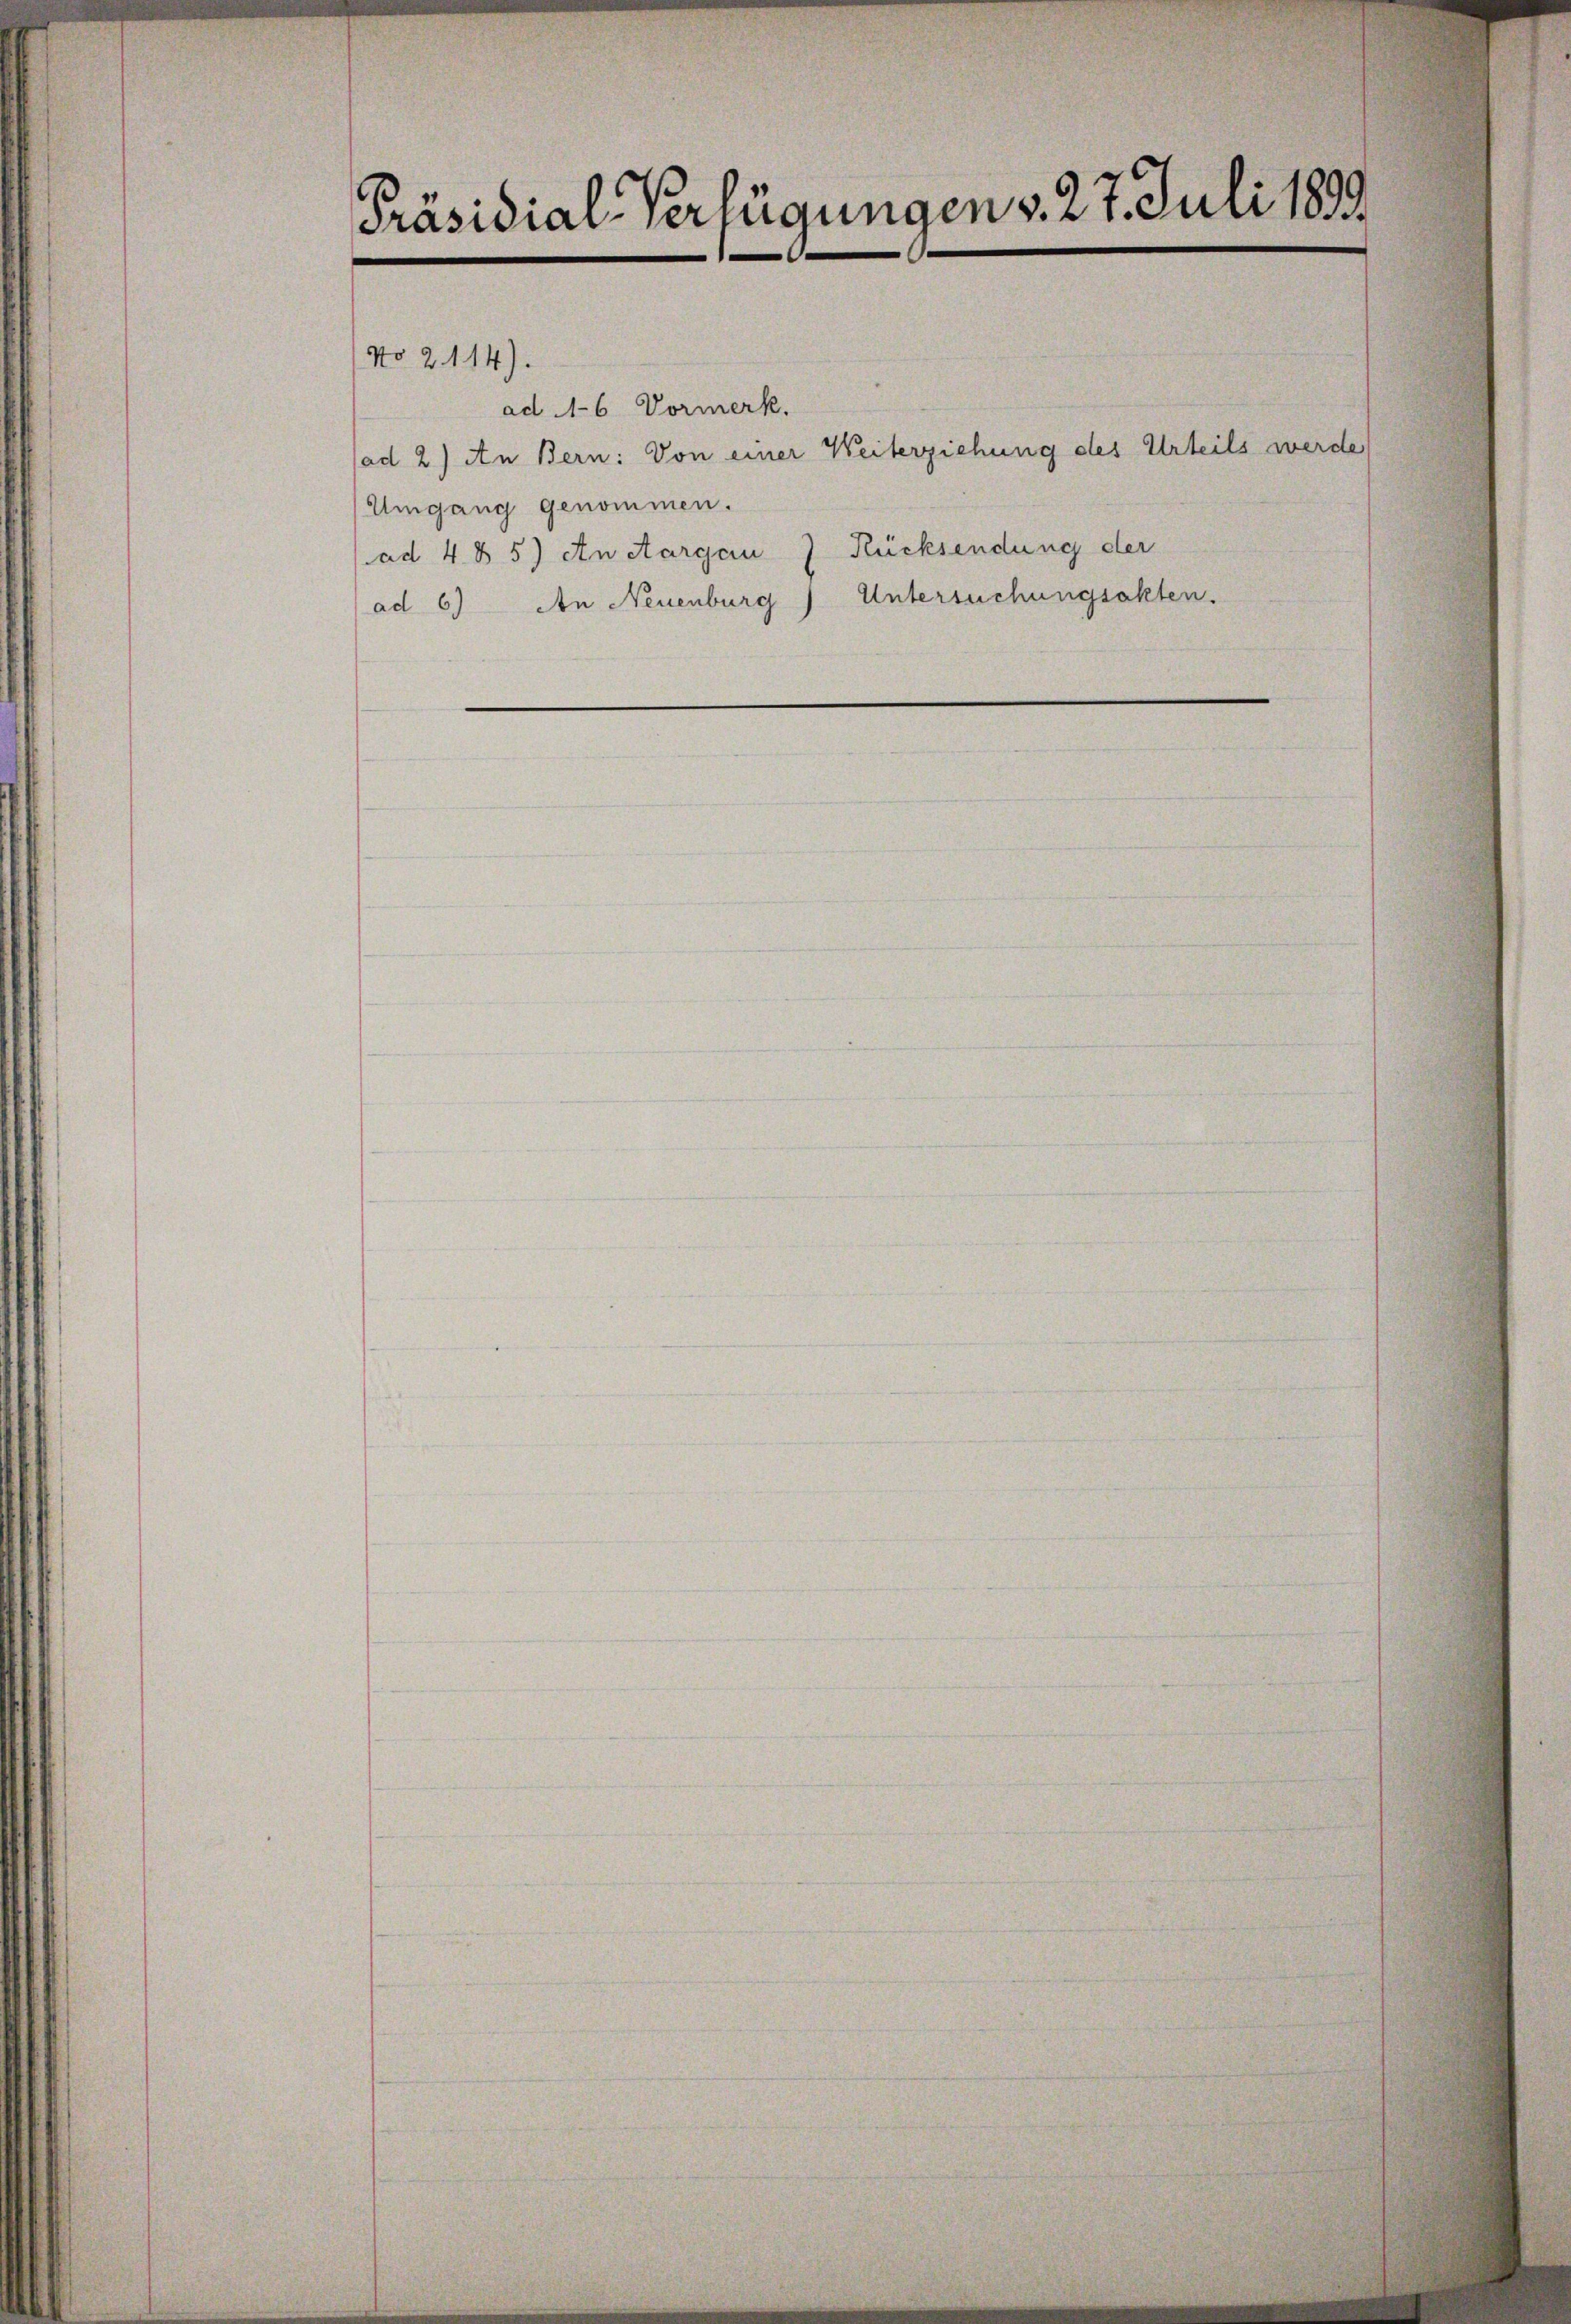
Präsidial-Verfügungen v. 27. Juli 1899

ad A-6 Vormerk.
Umgang genommen.
ad 485) An Aargau
ad 6) An Neuenburg

No 2114).

ad 2) An Bern: Von einer Weiterziehung des Urteils werde

Rücksendung der
Untersuchungsakten.